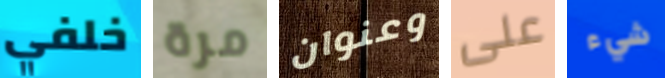
خلفي مرة وعنوان على شيء